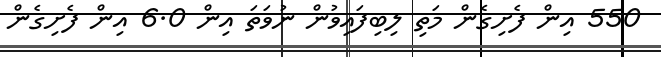
550 އިން ފެށިގެން މަތި ލިބިފައިވުން ނުވަތަ އިން 6.0 އިން ފެށިގެން